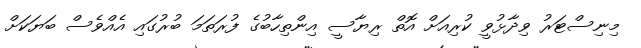
މިނިސްޓަރު ވިދާޅުވީ ކުރިއަށް އޮތް ރިޔާސީ އިންތިހާބުގެ ފުރަތަމަ ބުރުގައި އެއްވެސް ބަޔަކަށް